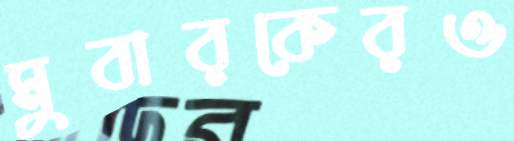
মুবারকেরও